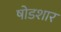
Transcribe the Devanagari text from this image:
षोडशार